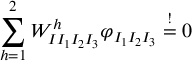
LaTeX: \sum _ { h = 1 } ^ { 2 } W _ { I I _ { 1 } I _ { 2 } I _ { 3 } } ^ { h } \varphi _ { I _ { 1 } I _ { 2 } I _ { 3 } } \stackrel { ! } { = } 0